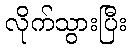
လိုက်သွားပြီး